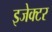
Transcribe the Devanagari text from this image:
इजेक्टर